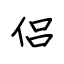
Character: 侣